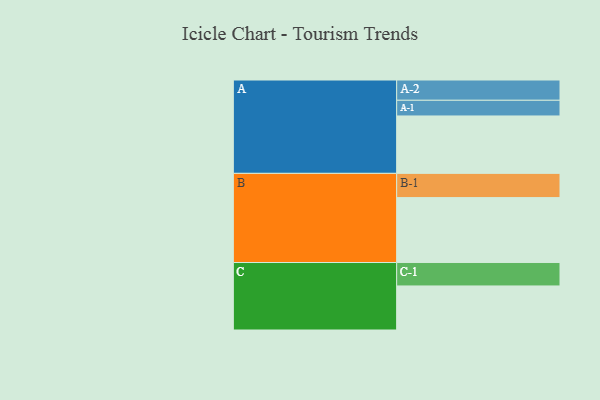
{"axis": {"x": "Segment", "y": "Value"}, "legend": ["", "A", "B", "C"], "data": [{"x": "A", "y": 490, "type": ""}, {"x": "B", "y": 554, "type": ""}, {"x": "C", "y": 376, "type": ""}, {"x": "A-1", "y": 134, "type": "A"}, {"x": "A-2", "y": 173, "type": "A"}, {"x": "B-1", "y": 207, "type": "B"}, {"x": "C-1", "y": 200, "type": "C"}]}